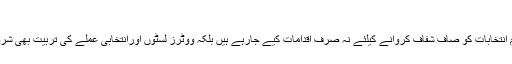
الیکشن
کمیشن نے عام انتخابات کو صاف شفاف کروانے کیلئے نہ صرف اقدامات کیے جارہے ہیں بلکہ ووٹرز لسٹوں اورانتخابی عملے کی تربیت بھی شروع کردی ہے۔